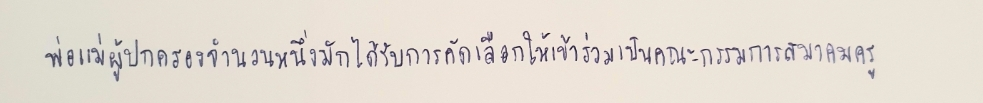
พ่อแม่ผู้ปกครองจำนวนหนึ่งมักได้รับการคัดเลือกให้เข้าร่วมเป็นคณะกรรมการสมาคมครู